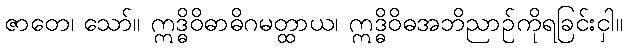
ဇာတေ၊ သော်။ ဣဒ္ဓိဝိဓာဓိဂမတ္ထာယ၊ ဣဒ္ဓိဝိဓအဘိညာဉ်ကိုရခြင်းငှါ။